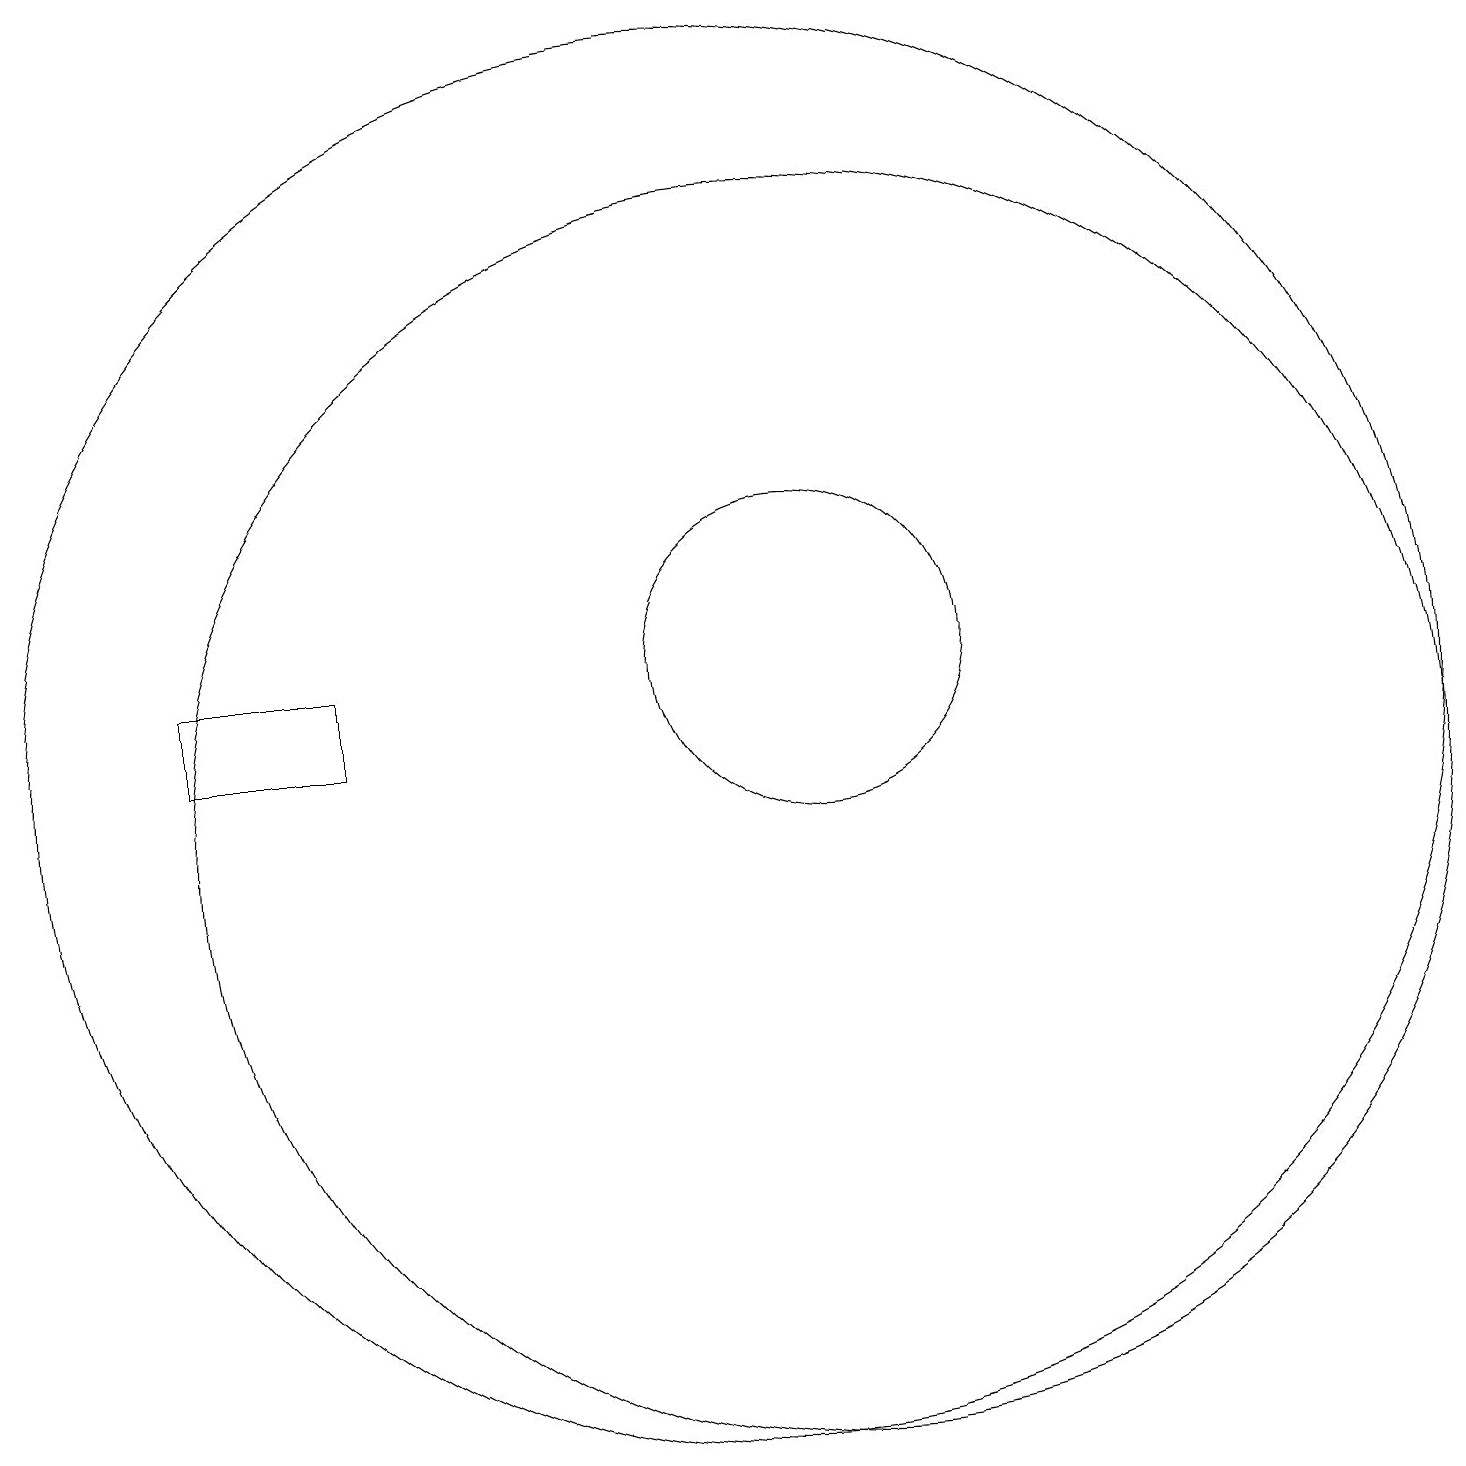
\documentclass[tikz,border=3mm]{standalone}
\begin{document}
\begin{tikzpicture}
\draw (10,11) circle (9);
\draw (11,10) circle (8);
\draw (11,12) circle (2);
\draw (5,11) rectangle (3,12);
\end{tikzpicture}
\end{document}